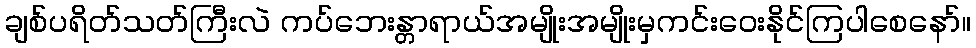
ချစ်ပရိတ်သတ်ကြီးလဲ ကပ်ဘေးန္တာရာယ်အမျိုးအမျိုးမှကင်းဝေးနိုင်ကြပါစေနော်။